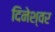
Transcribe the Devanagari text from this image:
दिनेश्वर